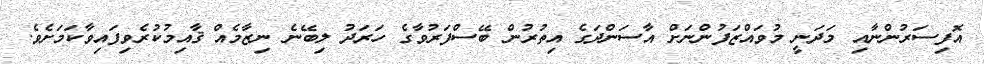
އޮފިސަރުންނާއި މަދަނީ މުވައްޒަފުންނަށް އާސަންދަގެ އިތުރުން ބޭސްފަރުވާގެ ހަރަދު ލިބޭނެ ނިޒާމެއް ޤާއިމުކުރެވިފައިވާކަމަށެވެ.